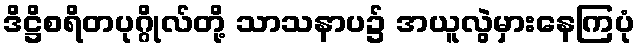
ဒိဋ္ဌိစရိတပုဂ္ဂိုလ်တို့ သာသနာပ၌ အယူလွဲမှားနေကြပုံ